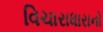
વિચારાધારાનો